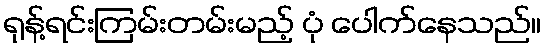
ရုန့်ရင်းကြမ်းတမ်းမည့် ပုံ ပေါက်နေသည်။